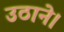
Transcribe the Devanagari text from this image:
उठाने।